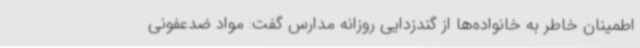
اطمینان خاطر به خانواده‌ها از گندزدایی روزانه مدارس گفت: مواد ضدعفونی